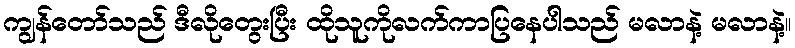
ကျွန်တော်သည် ဒီလိုတွေးပြီး ထိုသူကိုလက်ကာပြနေပါသည် မလာနဲ့ မလာနဲ့။